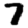
Digit: 7